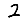
Digit: 2